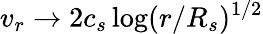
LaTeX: v_{r}\rightarrow 2c_{s}\log(r/R_{s})^{1/2}